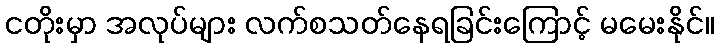
ငတိုးမှာ အလုပ်များ လက်စသတ်နေရခြင်းကြောင့် မမေးနိုင်။